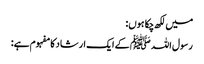
میں لکھ چکا ہوں:
رسول اللہ ﷺ کے ایک ارشاد کا مفہوم ہے: